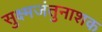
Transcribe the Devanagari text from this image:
सुक्ष्मजंतुनाशक